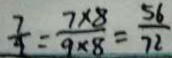
\frac { 7 } { 4 } = \frac { 7 \times 8 } { 9 \times 8 } = \frac { 5 6 } { 7 2 }